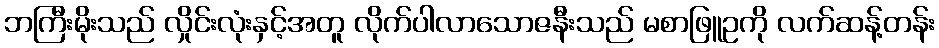
ဘကြီးမိုးသည် လှိုင်းလုံးနှင့်အတူ လိုက်ပါလာသောဇနီးသည် မစာဖြူဥကို လက်ဆန့်တန်း